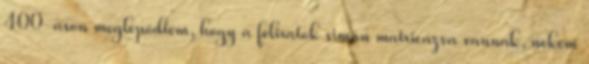
400-ason meglepõdtem, hogy a feliratok simán matricázva vannak, nekem